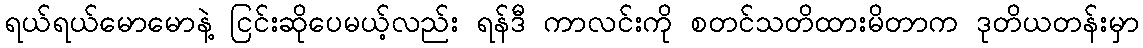
ရယ်ရယ်မောမောနဲ့ ငြင်းဆိုပေမယ့်လည်း ရန်ဒီ ကာလင်းကို စတင်သတိထားမိတာက ဒုတိယတန်းမှာ